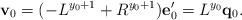
LaTeX: \begin{align*} {\bf v}_0 = (-L^{y_0+1} + R^{y_0+1}){\bf e}'_0 = L^{y_0} { \bf q}_0.\end{align*}